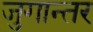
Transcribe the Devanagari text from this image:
जुगान्तर